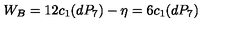
W _ { B } = 1 2 c _ { 1 } ( d P _ { 7 } ) - \eta = 6 c _ { 1 } ( d P _ { 7 } )